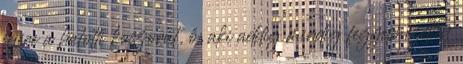
fejére a halotti koszorút, ő, aki addig mindig fegyelmezetten